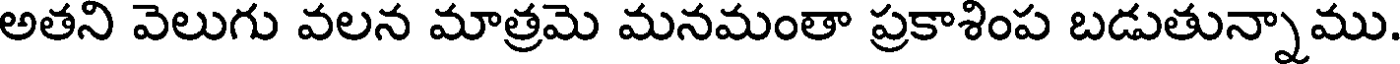
అతని వెలుగు వలన మాత్రమె మనమంతా ప్రకాశింప బడుతున్నాము.